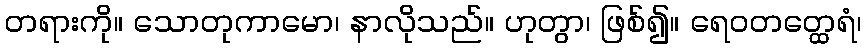
တရားကို။ သောတုကာမော၊ နာလိုသည်။ ဟုတွာ၊ ဖြစ်၍။ ရေဝတတ္ထေရံ၊